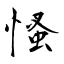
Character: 慅